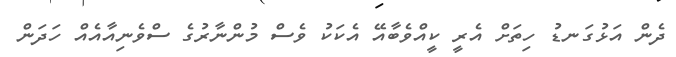
ދެން އަޅުގަނޑު ހިތަށް އެރީ ކީއްވެބާއޭ އެކަކު ވެސް މުންނާރުގެ ސްވެނިއާއެއް ހަދަން